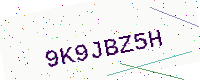
Text: 9K9JBZ5H